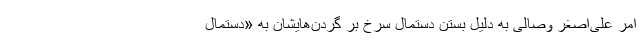
امر علی‌اصغر وصالی به دلیل بستن دستمال سرخ بر گردن‌هایشان به «دستمال